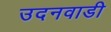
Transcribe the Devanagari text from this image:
उदनवाडी